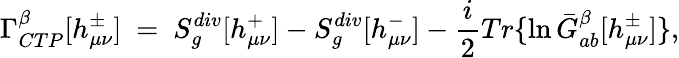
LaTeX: \Gamma_{CTP}^{\beta}[h_{\mu\nu}^{\pm}]\ =\ S_{g}^{div}[h_{\mu\nu}^{+}]-S_{g}^{div}[h_{\mu\nu}^{-}]-{\frac{i}{2}}Tr\{ \ln\bar{G}_{ab}^{\beta}[h_{\mu\nu}^{\pm}]\} ,